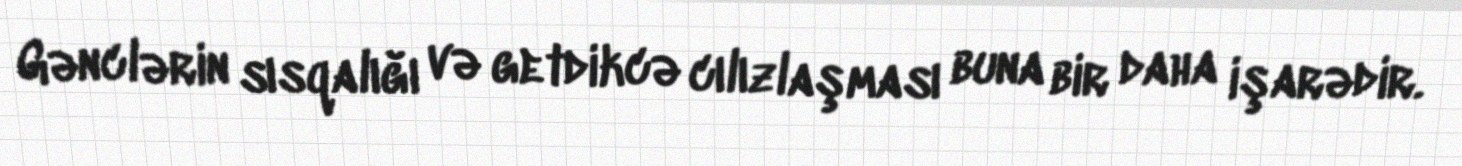
Gənclərin sısqalığı və getdikcə cılızlaşması buna bir daha işarədir.